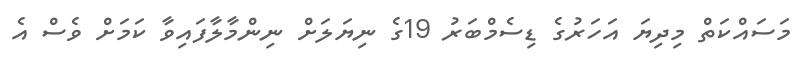
މަސައްކަތް މިދިޔަ އަހަރުގެ ޑިސެމްބަރު 19ގެ ނިޔަލަށް ނިންމާލާފައިވާ ކަމަށް ވެސް އެ